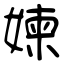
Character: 媡